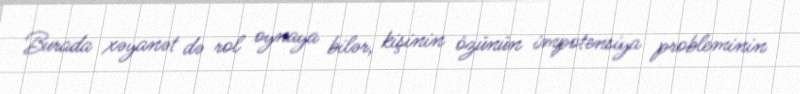
Burada xəyanət də rol oynaya bilər, kişinin özünün impotensiya probleminin